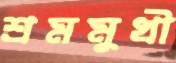
শ্রমমুখী